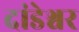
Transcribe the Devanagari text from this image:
दांडेश्वर